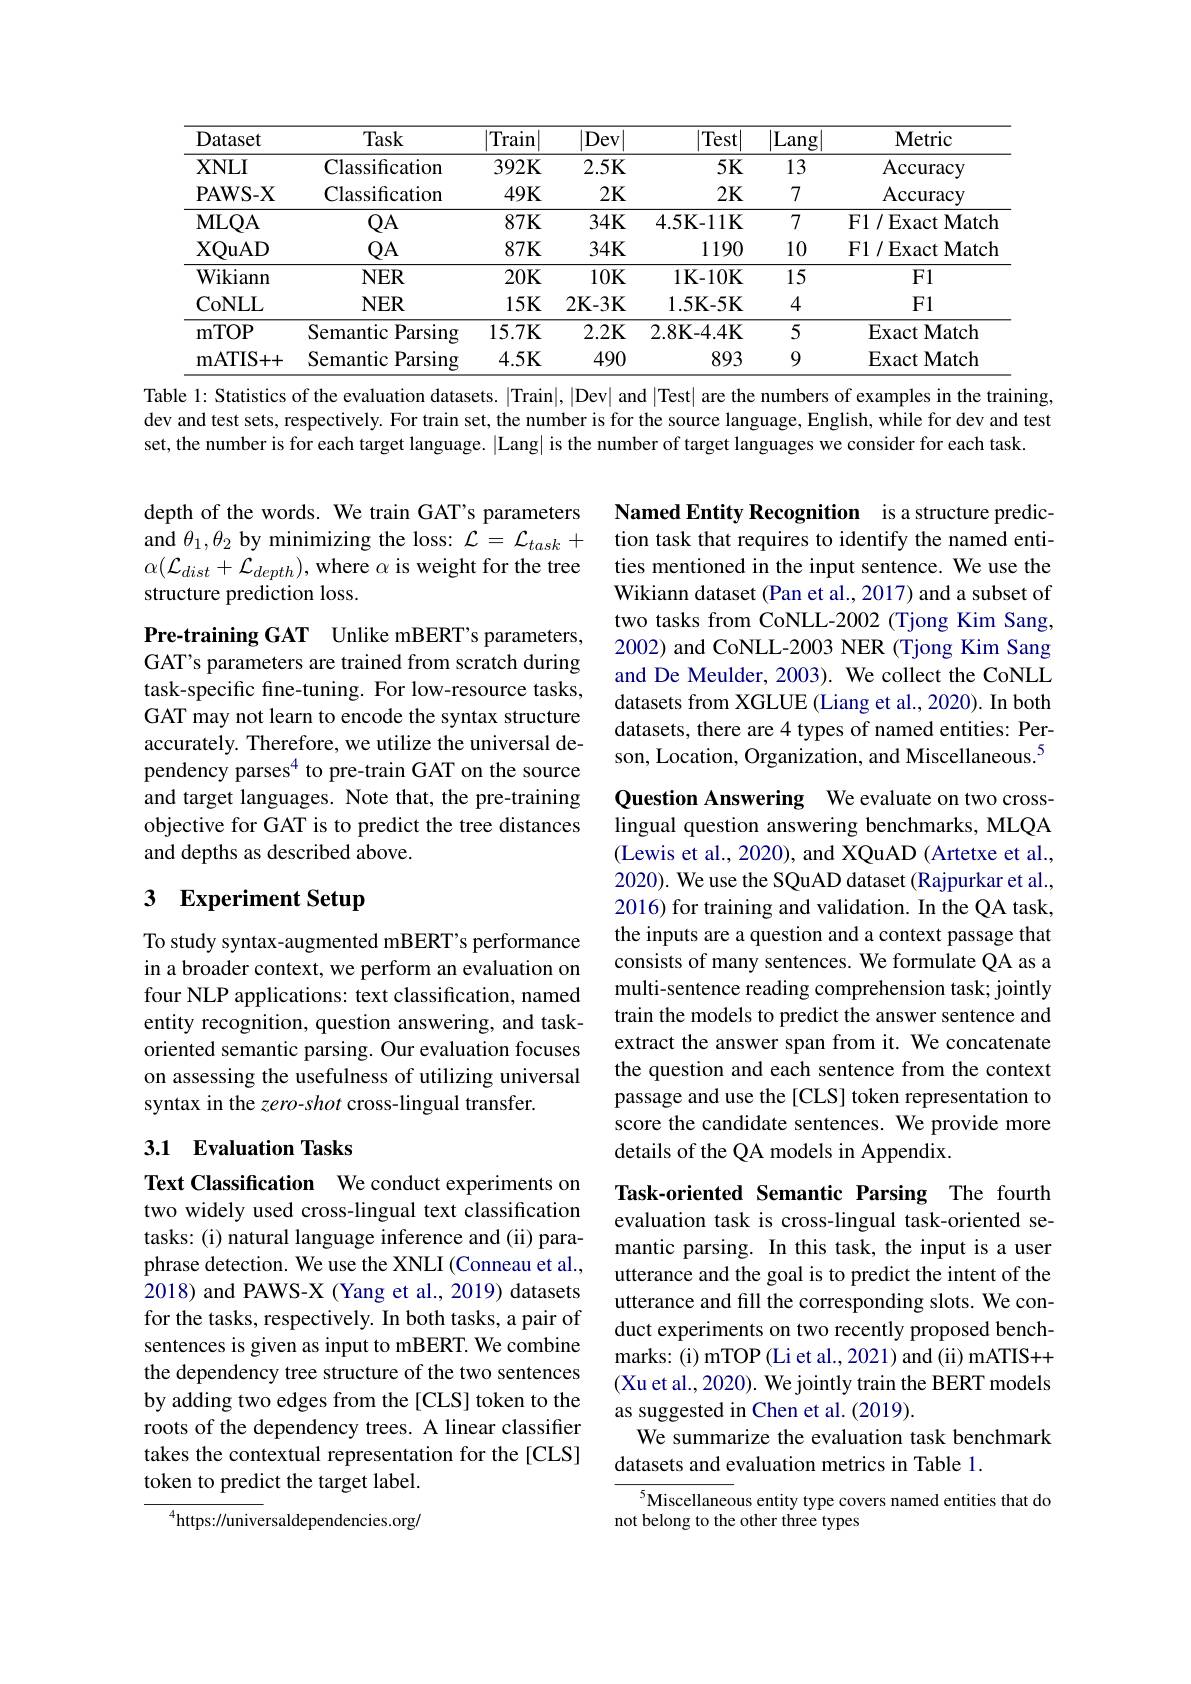
<table>
	<tbody>
		<tr>
			<th>Dataset</th>
			<th>Task</th>
			<th>|Train</th>
			<th>Dev</th>
			<th>Test</th>
			<th>$\overline{|\mathrm{Lang}}$</th>
			<th>Metric</th>
		</tr>
		<tr>
			<td>$\mathbf{XNLI}$</td>
			<td>Classification</td>
			<td>$392\mathbf{K}$</td>
			<td>2.5K</td>
			<td>$5K$</td>
			<td>13</td>
			<td>Accuracy</td>
		</tr>
		<tr>
			<td>PAWS- X</td>
			<td>Classification</td>
			<td>$49K$</td>
			<td>2K</td>
			<td>$2K$</td>
			<td>7</td>
			<td>Accuracy</td>
		</tr>
		<tr>
			<td>MLQA</td>
			<td>$QA$</td>
			<td>$87K$</td>
			<td>$34K$</td>
			<td>$4.5\mathbf{K-11K}$</td>
			<td>7</td>
			<td>F1/Exact Match</td>
		</tr>
		<tr>
			<td>XQuAD</td>
			<td>$QA$</td>
			<td>$87K$</td>
			<td>$34K$</td>
			<td>1190</td>
			<td>10</td>
			<td>F1/Exact Match</td>
		</tr>
		<tr>
			<td>Wikiann</td>
			<td>$NER$</td>
			<td>20K</td>
			<td>10K</td>
			<td>$1\mathbf{K-10K}$</td>
			<td>15</td>
			<td>F1</td>
		</tr>
		<tr>
			<td>CoNLL</td>
			<td>$NER$</td>
			<td>$15K$</td>
			<td>$2\mathbf{K-3K}$</td>
			<td>1.5K- 5K</td>
			<td>4</td>
			<td>F1</td>
		</tr>
		<tr>
			<td>mTOP</td>
			<td>Semantic ${\mathfrak{c}}$Parsing</td>
			<td>$15.7\mathbf{K}$</td>
			<td>$2.2\mathbf{K}$</td>
			<td>$2.8\mathbf{K-4.4K}$</td>
			<td>5</td>
			<td>Exact Match</td>
		</tr>
		<tr>
			<td>mATIS+ + </td>
			<td>Semantic Parsing</td>
			<td>4.5K</td>
			<td>490</td>
			<td>893</td>
			<td>9</td>
			<td>Exact Match</td>
		</tr>
	</tbody>
</table>
Table 1: Statistics of the evaluation datasets. |Train|,|Dev| and |Test| are the numbers of examples in the training,

dev and test sets, respectively. For train set, the number is for the source language, English, while for dev and test
set, the number is for each target language. |Lang| is the number of target languages we consider for each task

depth of the words. We train GAT's parameters and $\theta_1,\theta_2$ by minimizing the loss: $\mathcal{L}=\mathcal{L}_task+$ $\alpha(\mathcal{L}_{dist}+\mathcal{L}_{depth})$,where $\alpha$ is weight for the tree structure prediction loss.

Named Entity Recognition is a structure prediction task that requires to identify the named entities mentioned in the input sentence. We use the Wikiann dataset (Pan et al., 2017) and a subset of two tasks from CoNLL-2002 (Tjong Kim Sang, 2002) and CoNLL-2003 NER (Tjong Kim Sang and De Meulder, 2003). We collect the CoNLL datasets from XGLUE (Liang et al., 2020). In both datasets, there are 4 types of named entities: Person, Location, Organization, and Miscellaneous.$^{5}$

Pre-training GAT Unlike mBERT's parameters, GAT's parameters are trained from scratch during task-specific fine-tuning. For low-resource tasks, GAT may not learn to encode the syntax structure accurately. Therefore, we utilize the universal dependency parses$^{4}$ to pre-train GAT on the source and target languages. Note that, the pre-training objective for GAT is to predict the tree distances and depths as described above.

# 3 Experiment Setup

Question Answering We evaluate on two crosslingual question answering benchmarks, MLQA (Lewis et al., 2020), and XQuAD (Artetxe et al., 2020). We use the SQuAD dataset (Rajpurkar et al., 2016) for training and validation. In the QA task, the inputs are a question and a context passage that consists of many sentences. We formulate QA as a multi-sentence reading comprehension task; jointly train the models to predict the answer sentence and extract the answer span from it. We concatenate the question and each sentence from the context passage and use the [CLS] token representation to score the candidate sentences. We provide more details of the QA models in Appendix.

To study syntax-augmented mBERT's performance in a broader context, we perform an evaluation on four NLP applications: text classification, named entity recognition, question answering, and taskoriented semantic parsing. Our evaluation focuses on assessing the usefulness of utilizing universal syntax in the zero-shot cross-lingual transfer.

## 3.1 Evaluation Tasks

Text Classification We conduct experiments on two widely used cross-lingual text classification tasks: (i) natural language inference and (ii) paraphrase detection. We use the XNLI (Conneau et al. 2018) and PAWS-X (Yang et al., 2019) datasets for the tasks, respectively. In both tasks, a pair of sentences is given as input to mBERT. We combine the dependency tree structure of the two sentences by adding two edges from the [CLS] token to the roots of the dependency trees. A linear classifier takes the contextual representation for the[CLS] token to predict the target label.

Task-oriented Semantic Parsing The fourth evaluation task is cross-lingual task-oriented semantic parsing. In this task, the input is a user utterance and the goal is to predict the intent of the utterance and fill the corresponding slots. We conduct experiments on two recently proposed benchmarks: (i) mTOP (Li et al., 2021) and (ii) mATIS++ (Xu et al., 2020). We jointly train the BERT models as suggested in Chen et al. (2019).
We summarize the evaluation task benchmark
datasets and evaluation metrics in Table 1.

$^{5}$Miscellaneous entity type covers named entities that do
not belong to the other three types

$^{4}$https://universaldependencies.org/